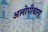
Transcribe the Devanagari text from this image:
अलोपीबाग